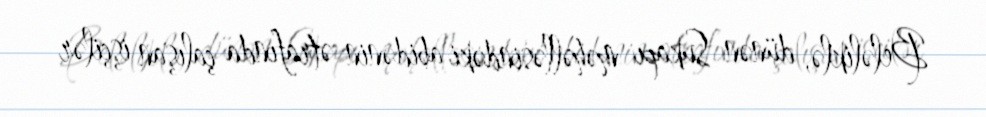
Beləliklə, dünən Sukapı məhəlləsindəki abidənin ətrafında çalışan işçilər